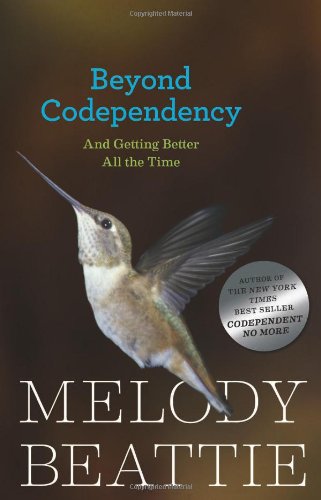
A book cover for Beyond Codependency: And Getting Better All the Time; Melody Beattie; Parenting & Relationships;